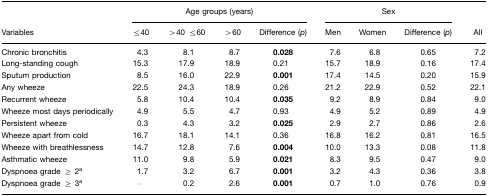
<table><thead><tr><td></td><td colspan="4"><b>Age groups (years)</b></td><td colspan="3"><b>Sex</b></td><td></td></tr><tr><td><b>Variables</b></td><td><b>≤40</b></td><td><b>&gt;40 ≤60</b></td><td><b>&gt;60</b></td><td><b>Difference (<i>p</i>)</b></td><td><b>Men</b></td><td><b>Women</b></td><td><b>Difference (<i>p</i>)</b></td><td><b>All</b></td></tr></thead><tbody><tr><td>Chronic bronchitis</td><td>4.3</td><td>8.1</td><td>8.7</td><td><b>0.028</b></td><td>7.6</td><td>6.8</td><td>0.65</td><td>7.2</td></tr><tr><td>Long-standing cough</td><td>15.3</td><td>17.9</td><td>18.9</td><td>0.21</td><td>15.7</td><td>18.9</td><td>0.16</td><td>17.4</td></tr><tr><td>Sputum production</td><td>8.5</td><td>16.0</td><td>22.9</td><td><b>0.001</b></td><td>17.4</td><td>14.5</td><td>0.20</td><td>15.9</td></tr><tr><td>Any wheeze</td><td>22.5</td><td>24.3</td><td>18.9</td><td>0.26</td><td>21.2</td><td>22.9</td><td>0.52</td><td>22.1</td></tr><tr><td>Recurrent wheeze</td><td>5.8</td><td>10.4</td><td>10.4</td><td><b>0.035</b></td><td>9.2</td><td>8.9</td><td>0.84</td><td>9.0</td></tr><tr><td>Wheeze most days periodically</td><td>4.9</td><td>5.5</td><td>4.7</td><td>0.93</td><td>4.9</td><td>5.2</td><td>0.89</td><td>4.9</td></tr><tr><td>Persistent wheeze</td><td>0.3</td><td>4.3</td><td>3.2</td><td><b>0.025</b></td><td>2.9</td><td>2.7</td><td>0.86</td><td>2.6</td></tr><tr><td>Wheeze apart from cold</td><td>16.7</td><td>18.1</td><td>14.1</td><td>0.36</td><td>16.8</td><td>16.2</td><td>0.81</td><td>16.5</td></tr><tr><td>Wheeze with breathlessness</td><td>14.7</td><td>12.8</td><td>7.6</td><td><b>0.004</b></td><td>10.0</td><td>13.3</td><td>0.08</td><td>11.8</td></tr><tr><td>Asthmatic wheeze</td><td>11.0</td><td>9.8</td><td>5.9</td><td><b>0.021</b></td><td>8.3</td><td>9.5</td><td>0.47</td><td>9.0</td></tr><tr><td>Dyspnoea grade ≥ 2a</td><td>1.7</td><td>3.2</td><td>6.7</td><td><b>0.001</b></td><td>3.2</td><td>4.3</td><td>0.36</td><td>3.8</td></tr><tr><td>Dyspnoea grade ≥ 3a</td><td>–</td><td>0.2</td><td>2.6</td><td><b>0.001</b></td><td>0.7</td><td>1.0</td><td>0.76</td><td>0.9</td></tr></tbody></table>